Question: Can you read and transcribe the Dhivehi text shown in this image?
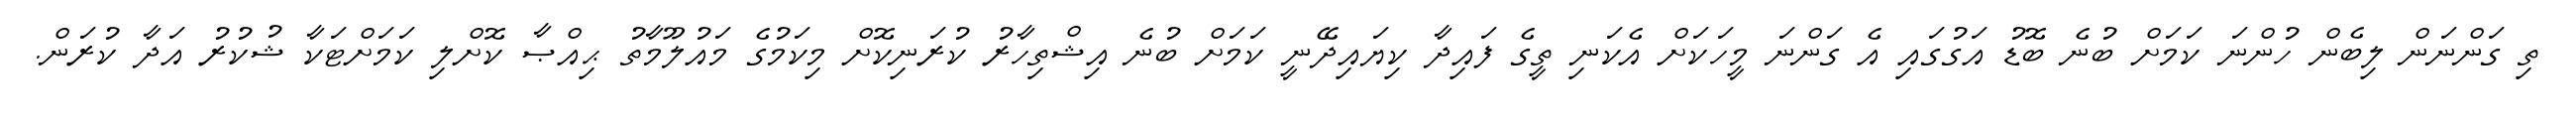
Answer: ތި ގަންނަން ލިބެން ހުންނަ ކަމަށް ބުނެ ބޮޑު އަގުގައި އެ ގަންނަ މީހަކަށް އެކަނި ތީގެ ފައިދާ ކިޔައިދޭނީ ކަމަށް ބުނެ އިޝްތިހާރު ކުރަނިކޮށް މިކަމުގެ މައުލޫމާތު ޙިއްޞާ ކޮށްލި ކަމަށްޓަކާ ޝުކުރު އަދާ ކުރަން.